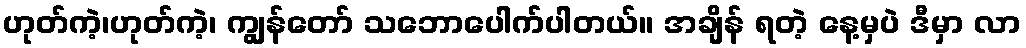
ဟုတ်ကဲ့၊ဟုတ်ကဲ့၊ ကျွန်တော် သဘောပေါက်ပါတယ်။ အချိန် ရတဲ့ နေ့မှပဲ ဒီမှာ လာ